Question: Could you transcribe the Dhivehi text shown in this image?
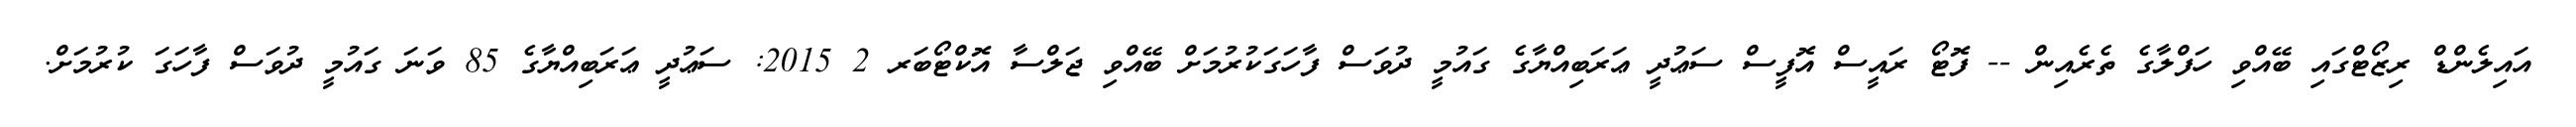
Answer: އައިލެންޑް ރިޒޯޓްގައި ބޭއްވި ހަފްލާގެ ތެރެއިން -- ފޮޓޯ ރައީސް އޮފީސް ސަޢުދީ ޢަރަބިއްޔާގެ ގައުމީ ދުވަސް ފާހަގަކުރުމަށް ބޭއްވި ޖަލްސާ އޮކްޓޯބަރ 2 2015: ސަޢުދީ ޢަރަބިއްޔާގެ 85 ވަނަ ގައުމީ ދުވަސް ފާހަގަ ކުރުމަށް.